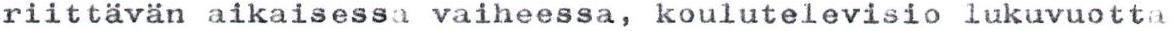
riittävän aikaisessa vaiheessa, koulutelevisio lukuvuotta